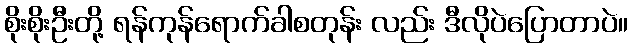
စိုးစိုးဦးတို့ ရန်ကုန်ရောက်ခါစတုန်း လည်း ဒီလိုပဲပြောတာပဲ။